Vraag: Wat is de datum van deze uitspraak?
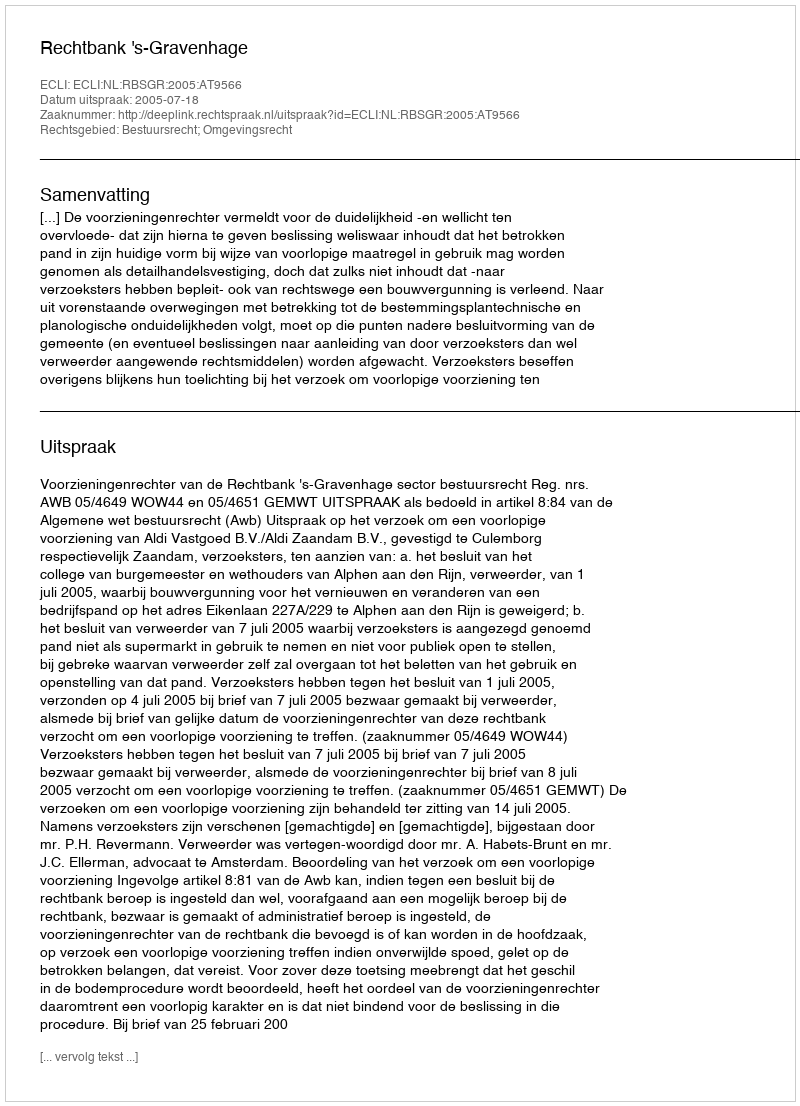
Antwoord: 2005-07-18